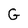
Character: G